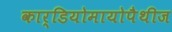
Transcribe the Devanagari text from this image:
कार्डियोमायोपैथीज